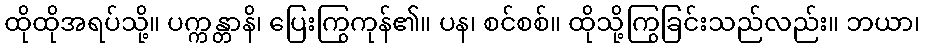
ထိုထိုအရပ်သို့။ ပက္ကန္တာနိ၊ ပြေးကြွကုန်၏။ ပန၊ စင်စစ်။ ထိုသို့ကြွခြင်းသည်လည်း။ ဘယာ၊